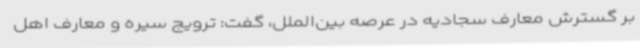
بر گسترش معارف سجادیه در عرصه بین‌الملل، گفت: ترویج سیره و معارف اهل